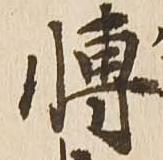
博